Leaving Certificate Examination (including Day School Certificate (Higher) General paper), 1932
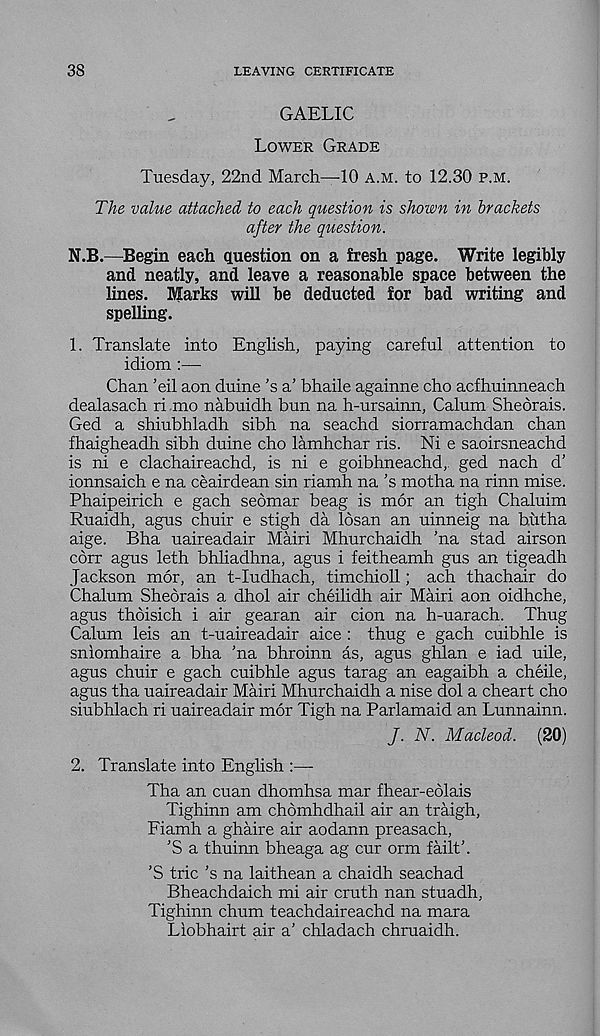
38
LEAVING CERTIFICATE
GAELIC
Lower Grade
Tuesday, 22nd March—10 a.m. to 12.30 p.m.
The value attached to each question is shown in brackets
after the question.
N.B.—Begin each question on a fresh page. Write legibly
and neatly, and leave a reasonable space between the
lines. Marks will be deducted for bad writing and
spelling.
1. Translate into English, paying careful attention to
idiom :—-
Chan ’eil aon duine’s a’ bhaile againne cho acfhuinneach
dealasach ri mo nabuidh bun na h-ursainn, Calum Sheorais.
Ged a shiubhladh sibh na seachd siorramachdan chan
fhaigheadh sibh duine cho lamhchar ris. Ni e saoirsneachd
is ni e clachaireachd, is ni e goibhneachd, ged nach d’
ionnsaich e na ceairdean sin riamh na ’s motha na rinn mise.
Phaipeirich e gach seomar beag is mor an tigh Chaluim
Ruaidh, agus chuir e stigh da losan an uinneig na biitha
aige. Bha uaireadair Mairi Mhurchaidh 'na stad airson
corr agus leth bhliadhna, agus i feitheamh gus an tigeadh
Jackson mor, an t-Iudhach, timchioll; ach thachair do
Chalum Sheorais a dhol air cheilidh air Mairi aon oidhche,
agus thoisich i air gearan air cion na h-uarach. Thug
Calum leis an t-uaireadair aice : thug e gach cuibhle is
sniomhaire a bha ’na bhroinn as, agus ghlan e iad uile,
agus chuir e gach cuibhle agus tarag an eagaibh a cheile,
agus tha uaireadair Mairi Mhurchaidh a nise dol a cheart cho
siubhlach ri uaireadair mor Tigh na Parlamaid an Lunnainn.
J. N. Macleod. (20)
2. Translate into English :—
Tha an cuan dhomhsa mar fhear-eolais
Tighinn am chdmhdhail air an traigh,
Fiamh a ghaire air aodann preasach,
'S a thuinn bheaga ag cur orm failt’.
'S trie's na laithean a chaidh seachad
Bheachdaich mi air cruth nan stuadh,
Tighinn chum teachdaireachd na mara
Liobhairt air a' chladach chruaidh.